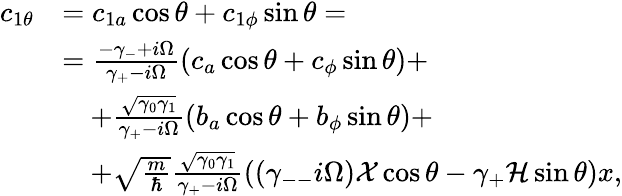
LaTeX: \begin{array}{rl}{c_{1\theta}}&{=c_{1a}\cos\theta+c_{1\phi}\sin\theta=}\\ &{=\frac{-\gamma_{-}+i\Omega}{\gamma_{+}-i\Omega}\left(c_{a}\cos\theta+c_{\phi}\sin\theta\right)+}\\ &{\quad+\frac{\sqrt{\gamma_{0}\gamma_{1}}}{\gamma_{+}-i\Omega}\left(b_{a}\cos\theta+b_{\phi}\sin\theta\right)+}\\ &{\quad+\sqrt{\frac{m}{\hbar}}\frac{\sqrt{\gamma_{0}\gamma_{1}}}{\gamma_{+}-i\Omega}\left((\gamma_{--}i\Omega)\mathcal{X}\cos\theta-\gamma_{+}\mathcal{H}\sin\theta\right)x,}\end{array}